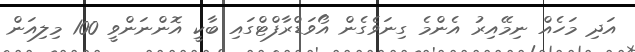
އަދި މަހެއް ނިމޭއިރު އެންމެ ގިނަވެގެން އޯވަޑްރާފްޓްގައި ބާކީ އޮންނަންވީ 100 މިލިއަން